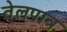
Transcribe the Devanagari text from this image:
तेलपात्र